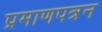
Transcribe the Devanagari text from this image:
प्रमाणपत्रन